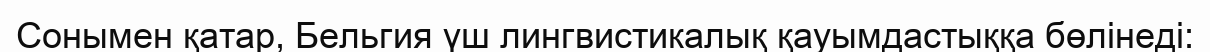
Сонымен қатар, Бельгия үш лингвистикалық қауымдастыққа бөлінеді: